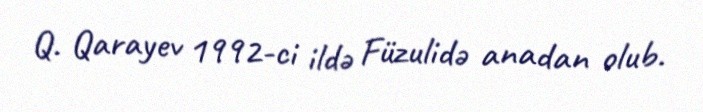
Q. Qarayev 1992-ci ildə Füzulidə anadan olub.